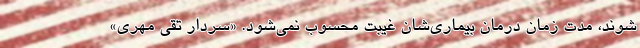
‌شوند، مدت زمان درمان بیماری‌شان غیبت محسوب نمی‌شود. «سردار تقی مهری»